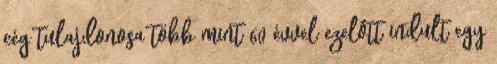
cég tulajdonosa több mint 60 évvel ezelôtt indult egy